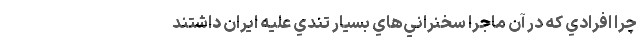
چرا افرادي كه در آن ماجرا سخنراني‌هاي بسيار تندي عليه ايران داشتند